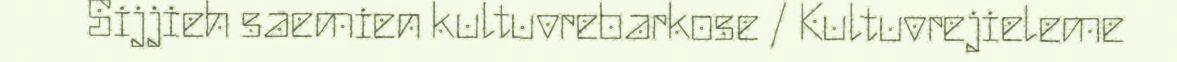
Sijjieh saemien kultuvrebarkose / Kultuvrejieleme